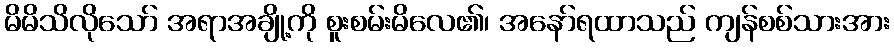
မိမိသိလိုသော် အရာအချို့ကို စူးစမ်းမိလေ၏၊ အနော်ရထာသည် ကျန်စစ်သားအား